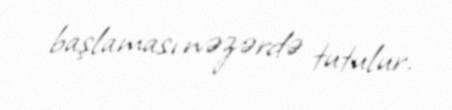
başlaması nəzərdə tutulur.